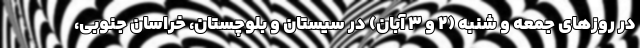
در روزهای جمعه و شنبه (2 و 3 آبان) در سیستان و بلوچستان، خراسان جنوبی،